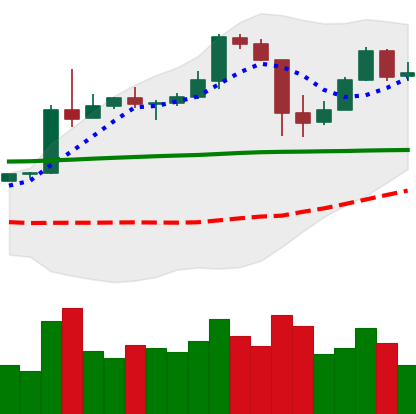
Ticker: BTC-USD
Chart end date: 2020-05-16
Forward return: -3.149%
Label: down_3_5